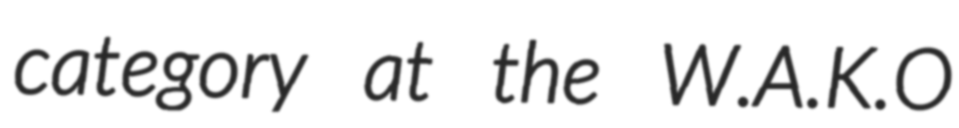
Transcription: category at the W.A.K.O